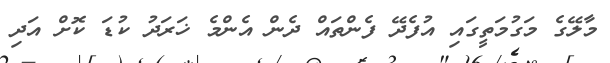
މާލޭގެ މަގުމަތީގައި އުފެދޭ ފެންތައް ދެން އެންމެ ޚަރަދު ކުޑަ ކޮށް އަދި